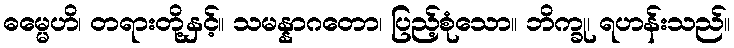
ဓမ္မေဟိ၊ တရားတို့နှင့်။ သမန္နာဂတော၊ ပြည့်စုံသော။ ဘိက္ခု၊ ရဟန်းသည်။